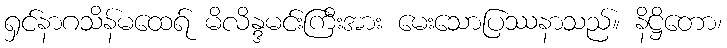
ရှင်နာဂသိန်မထေရ် မိလိန္ဒမင်းကြီးအား မေးသောပြဿနာသည်။ နိဋ္ဌိတော၊